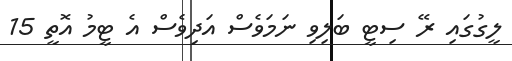
ލީގުގައި ރޭ ސިޓީ ބަލިވި ނަމަވެސް އަދިވެސް އެ ޓީމު އޮތީ 15